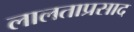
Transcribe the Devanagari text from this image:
लालताप्रसाद